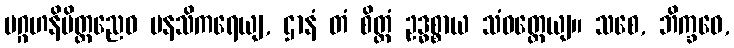
ပဂ္ဂဟနိမိတ္တညေဝ မနသိကရေယျ, ဌာနံ တံ စိတ္တံ ဥဒ္ဓစ္စာယ သံဝတ္တေယျ။ သစေ, ဘိက္ခဝေ,